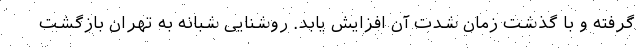
گرفته و با گذشت زمان شدت آن افزایش یابد. روشنایی شبانه به تهران بازگشت